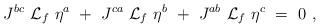
LaTeX: \begin{align*}J^{bc}\ {\cal L}_f\ \eta^a\ +\ J^{ca}\ {\cal L}_f\ \eta^b\ +\ J^{ab}\ {\cal L}_f\ \eta^c\ =\ 0\ ,\end{align*}